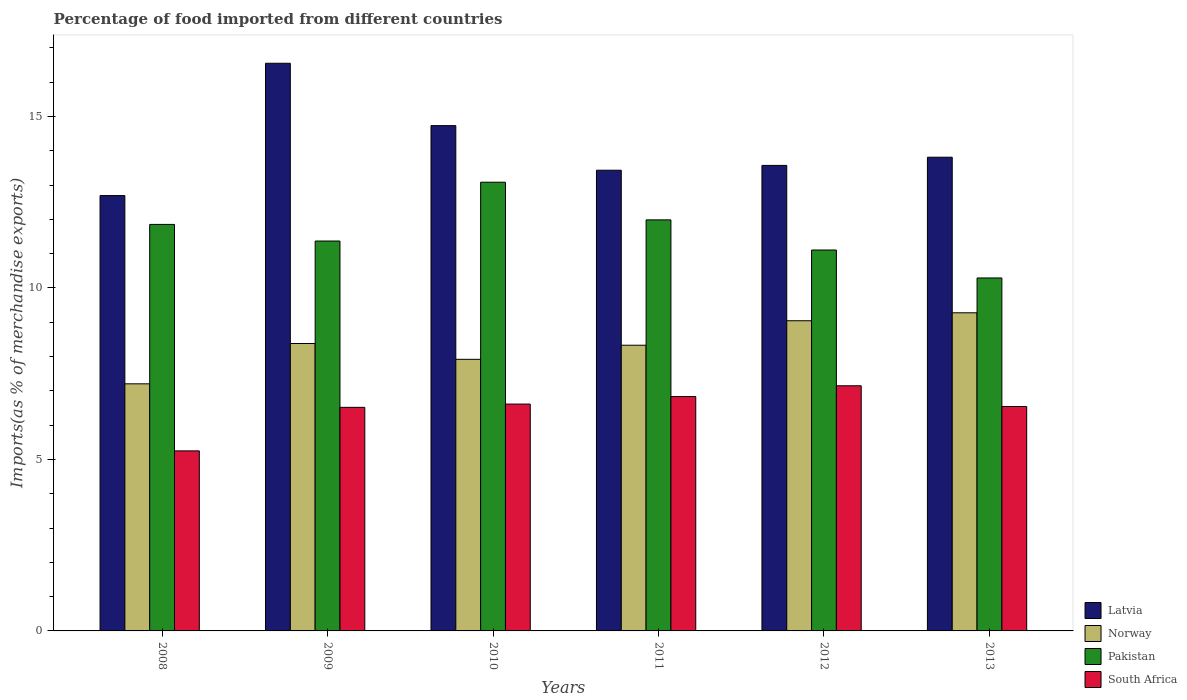
| Years | Latvia | Norway | Pakistan | South Africa |
 | --- | --- | --- | --- | --- |
 | 2008 | 12.7 | 7.21 | 11.9 | 5.25 |
 | 2009 | 16.6 | 8.38 | 11.4 | 6.52 |
 | 2010 | 14.7 | 7.92 | 13.1 | 6.61 |
 | 2011 | 13.4 | 8.33 | 12 | 6.83 |
 | 2012 | 13.6 | 9.04 | 11.1 | 7.15 |
 | 2013 | 13.8 | 9.28 | 10.3 | 6.54 |